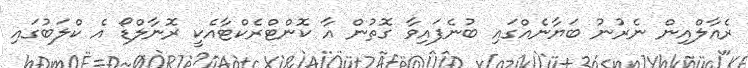
ރެއާލްއިން ނެރުނު ބަޔާނެއްގައި ބުނެފައިވާ ގޮތުން އާ ކޮންޓްރެކްޓާއެކީ ރޮނާލްޑޯ އެ ކްލަބުގައި